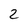
Character: 2